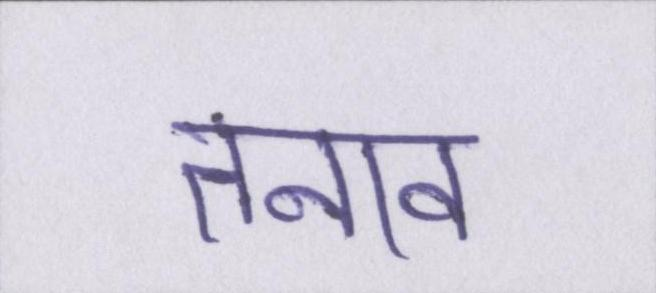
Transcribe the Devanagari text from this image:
तनाव